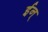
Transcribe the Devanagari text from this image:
ईन्